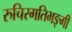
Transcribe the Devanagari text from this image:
रुचिरगतिभङ्गी